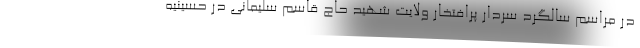
در مراسم سالگرد سردار پرافتخار ولایت شهید حاج قاسم سلیمانی در حسینیه